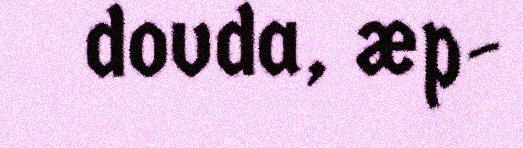
dovda, æp-